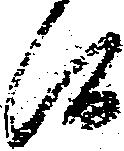
候